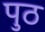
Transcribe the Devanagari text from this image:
पुठ